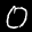
Label: 0